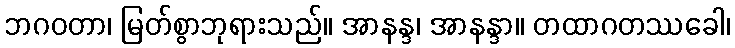
ဘဂဝတာ၊ မြတ်စွာဘုရားသည်။ အာနန္ဒ၊ အာနန္ဒာ။ တထာဂတဿခေါ၊